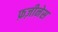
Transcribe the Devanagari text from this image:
फ़ज़ीनेस